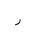
Letter: _ra